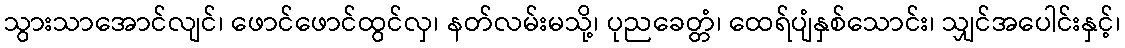
သွားသာအောင်လျင်၊ ဖောင်ဖောင်ထွင်လှ၊ နတ်လမ်းမသို့၊ ပုညခေတ္တံ၊ ထေရ်ပျံနှစ်သောင်း၊ သျှင်အပေါင်းနှင့်၊